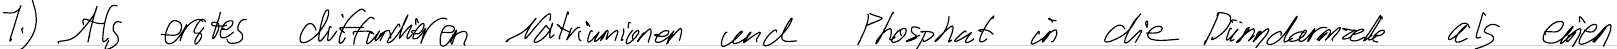
1.) Als erstes diffundieren Natriumionen und Phosphat in die Dünndarmzelle als einen